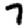
Digit: 7